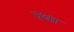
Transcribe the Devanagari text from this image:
रथा